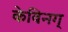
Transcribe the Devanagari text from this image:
केविनग्